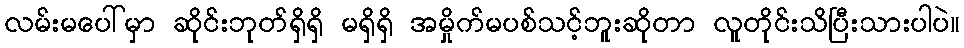
လမ်းမပေါ်မှာ ဆိုင်းဘုတ်ရှိရှိ မရှိရှိ အမှိုက်မပစ်သင့်ဘူးဆိုတာ လူတိုင်းသိပြီးသားပါပဲ။